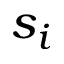
s _ { i }